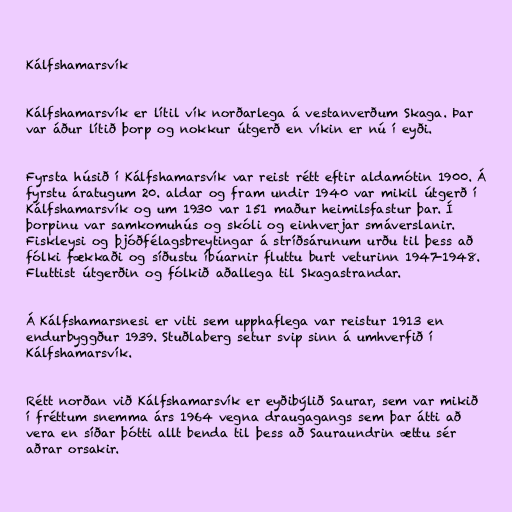
Kálfshamarsvík

Kálfshamarsvík er lítil vík norðarlega á vestanverðum Skaga. Þar
var áður lítið þorp og nokkur útgerð en víkin er nú í eyði.

Fyrsta húsið í Kálfshamarsvík var reist rétt eftir aldamótin 1900. Á
fyrstu áratugum 20. aldar og fram undir 1940 var mikil útgerð í
Kálfshamarsvík og um 1930 var 151 maður heimilsfastur þar. Í
þorpinu var samkomuhús og skóli og einhverjar smáverslanir.
Fiskleysi og þjóðfélagsbreytingar á stríðsárunum urðu til þess að
fólki fækkaði og síðustu íbúarnir fluttu burt veturinn 1947-1948.
Fluttist útgerðin og fólkið aðallega til Skagastrandar.

Á Kálfshamarsnesi er viti sem upphaflega var reistur 1913 en
endurbyggður 1939. Stuðlaberg setur svip sinn á umhverfið í
Kálfshamarsvík.

Rétt norðan við Kálfshamarsvík er eyðibýlið Saurar, sem var mikið
í fréttum snemma árs 1964 vegna draugagangs sem þar átti að
vera en síðar þótti allt benda til þess að Sauraundrin ættu sér
aðrar orsakir.